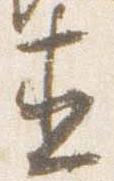
直